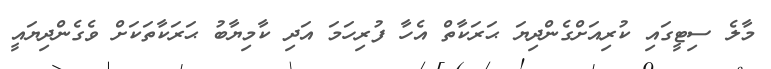
މާލެ ސިޓީގައި ކުރިއަށްގެންދިޔަ ޙަރަކާތް އެހާ ފުރިހަމަ އަދި ކާމިޔާބު ޙަރަކާތަކަށް ވެގެންދިޔައީ